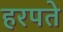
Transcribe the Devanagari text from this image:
हरपते